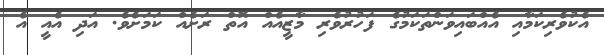
އެކުވެރިކަމާއި އެއްބައިވަންތަކަމުގެ ފަހުރުވެރި މާޒީއެއް އޮތް ރަށެއް ކަމަށެވެ. އަދި އެއީ އެ